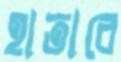
হাতাবে